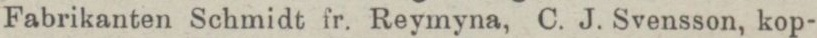
Fabrikanten Schmidt fr. Reymyna, C. J. Svensson, kop-